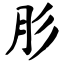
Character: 肜